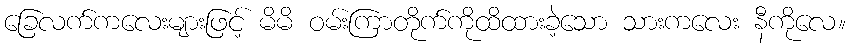
ခြေလက်ကလေးများဖြင့် မိမိ ဝမ်းကြာတိုက်ကိုထိထားခဲ့သော သားကလေး နီကိုလေ။